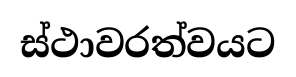
ස්ථාවරත්වයට